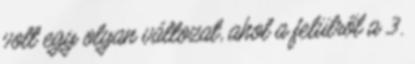
volt egy olyan változat, ahol a felülről a 3.